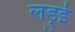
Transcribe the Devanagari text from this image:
लड़ुई